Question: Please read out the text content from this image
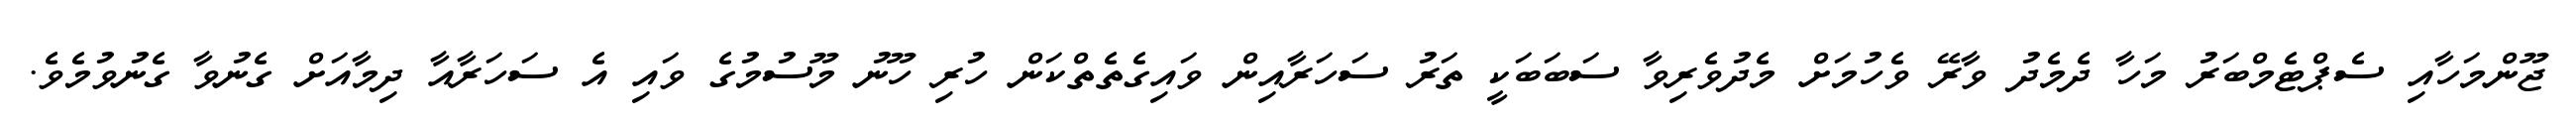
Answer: ޖޫންމަހާއި ސެޕްޓެމްބަރު މަހާ ދެމެދު ވާރޭ ވެހުމަށް މެދުވެރިވާ ސަބަބަކީ ތަރު ސަހަރާއިން ވައިގެތެތްކަން ހުރި ހޫނު މޫސުމުގެ ވައި އެ ސަހަރާއާ ދިމާއަށް ގެނުވާ ގެނުވުމެވެ.